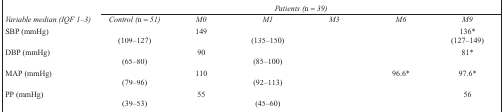
<table><thead><tr><td>[EMPTY_CELL]</td><td colspan="6"><b><i>Patients (n = 39)</i></b></td></tr><tr><td><b><i>Variable median (IQF 1–3)</i></b></td><td><b><i>Control (n = 51)</i></b></td><td><b><i>M0</i></b></td><td><b><i>M1</i></b></td><td><b><i>M3</i></b></td><td><b><i>M6</i></b></td><td><b><i>M9</i></b></td></tr></thead><tbody><tr><td rowspan="2">SBP (mmHg)</td><td>[EMPTY_CELL]</td><td>149</td><td>[EMPTY_CELL]</td><td>[EMPTY_CELL]</td><td>[EMPTY_CELL]</td><td>136*</td></tr><tr><td>(109–127)</td><td>[EMPTY_CELL]</td><td>(135–150)</td><td>[EMPTY_CELL]</td><td>[EMPTY_CELL]</td><td>(127–149)</td></tr><tr><td rowspan="2">DBP (mmHg)</td><td>[EMPTY_CELL]</td><td>90</td><td>[EMPTY_CELL]</td><td>[EMPTY_CELL]</td><td>[EMPTY_CELL]</td><td>81*</td></tr><tr><td>(65–80)</td><td>[EMPTY_CELL]</td><td>(85–100)</td><td>[EMPTY_CELL]</td><td>[EMPTY_CELL]</td><td>[EMPTY_CELL]</td></tr><tr><td rowspan="2">MAP (mmHg)</td><td>[EMPTY_CELL]</td><td>110</td><td>[EMPTY_CELL]</td><td>[EMPTY_CELL]</td><td>96.6*</td><td>97.6*</td></tr><tr><td>(79–96)</td><td>[EMPTY_CELL]</td><td>(92–113)</td><td>[EMPTY_CELL]</td><td>[EMPTY_CELL]</td><td>[EMPTY_CELL]</td></tr><tr><td rowspan="2">PP (mmHg)</td><td>[EMPTY_CELL]</td><td>55</td><td>[EMPTY_CELL]</td><td>[EMPTY_CELL]</td><td>[EMPTY_CELL]</td><td>56</td></tr><tr><td>(39–53)</td><td>[EMPTY_CELL]</td><td>(45–60)</td><td>[EMPTY_CELL]</td><td>[EMPTY_CELL]</td><td>[EMPTY_CELL]</td></tr></tbody></table>